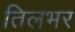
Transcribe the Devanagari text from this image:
तिलभर